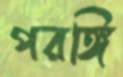
পরঙ্গি